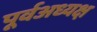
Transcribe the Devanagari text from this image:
पूर्वअध्यक्ष